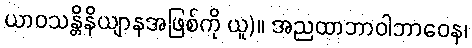
ယာဝသန္တိနိယျာနအဖြစ်ကို ယူ)။ အညထာဘာဝါဘာဝေန၊